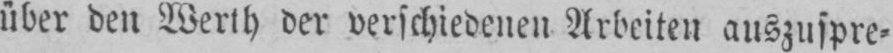
über den Werth der verschiedenen Arbeiten auszuspre⸗